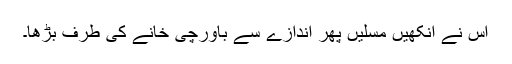
اس نے آنکھیں مسلیں پھر اندازے سے باورچی خانے کی طرف بڑھا۔